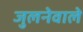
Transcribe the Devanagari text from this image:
जुलनेवाले